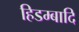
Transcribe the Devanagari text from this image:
हिडम्बादि